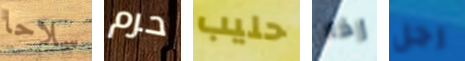
سلاحا حرم حليب إذا رجل